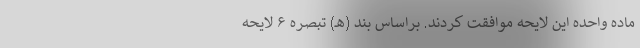
ماده واحده این لایحه موافقت کردند. براساس بند (هـ) تبصره ۶ لایحه